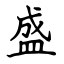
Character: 盛